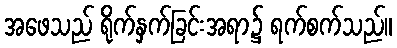
အဖေသည် ရိုက်နှက်ခြင်းအရာ၌ ရက်စက်သည်။